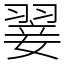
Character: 翣